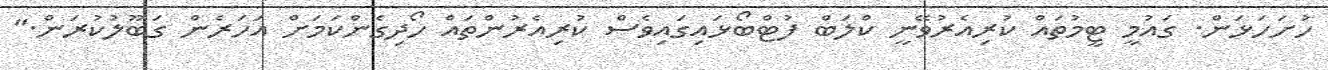
ހުށަހަޅަން. ގައުމީ ޓީމުތައް ކުރިއެރުވޭނީ ކްލަބް ފުޓްބޯޅައިގައިވެސް ކުރިއެރުންތައް ހޯދިގެންކަމަށް އަހަރެން ގަބޫލުކުރަން."